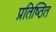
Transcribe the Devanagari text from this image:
प्रतिष्‍िठत